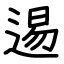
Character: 逷